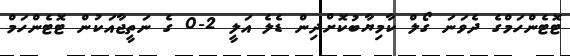
ޓޮޓެންހަމްގެ ދެވަނަ ގޯލް ކާމިޔާބުކޮށްދިން ޑެލެ އަލީ 2-0 ގެ ނަތީޖާއަކުން ޓޮޓެންހަމް